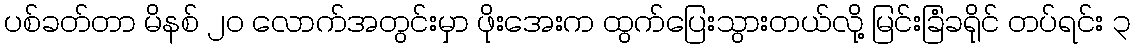
ပစ်ခတ်တာ မိနစ် ၂၀ လောက်အတွင်းမှာ ဖိုးအေးက ထွက်ပြေးသွားတယ်လို့ မြင်းခြံခရိုင် တပ်ရင်း ၃